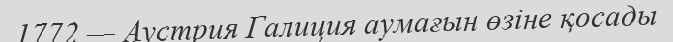
1772 — Аустрия Галиция аумағын өзіне қосады